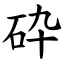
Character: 砕